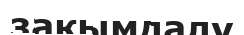
зақымдалу